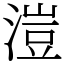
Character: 溰